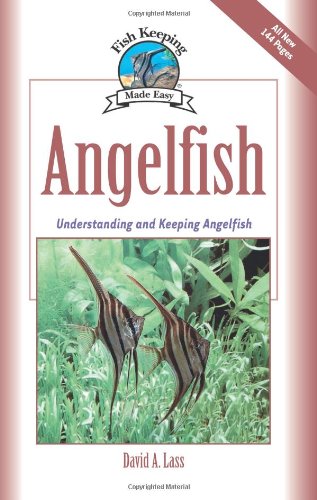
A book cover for Angelfish: Understanding and Keeping Angelfish (Fish Keeping Made Easy); David A. Lass; Crafts, Hobbies & Home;